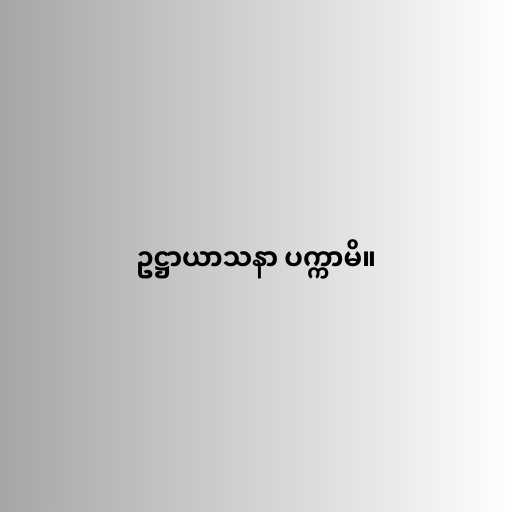
ဥဋ္ဌာယာသနာ ပက္ကာမိ။